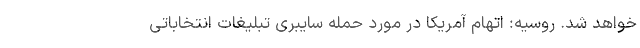
خواهد شد. روسیه: اتهام آمریکا در مورد حمله سایبری تبلیغات انتخاباتی